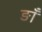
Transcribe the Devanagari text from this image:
ङाँ